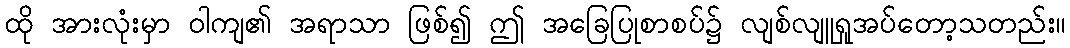
ထို အားလုံးမှာ ဝါကျ၏ အရာသာ ဖြစ်၍ ဤ အခြေပြုစာစပ်၌ လျစ်လျူရှုအပ်တော့သတည်း။